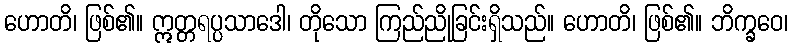
ဟောတိ၊ ဖြစ်၏။ ဣတ္တရပ္ပသာဒေါ၊ တိုသော ကြည်ညိုခြင်းရှိသည်။ ဟောတိ၊ ဖြစ်၏။ ဘိက္ခဝေ၊